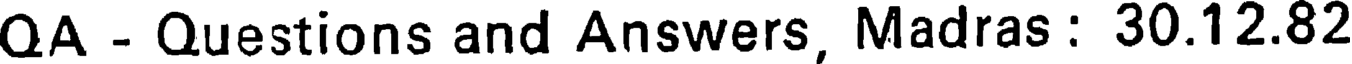
QA - Questions and Answers, Madras : 30.12.82